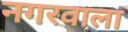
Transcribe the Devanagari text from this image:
नगरवाला